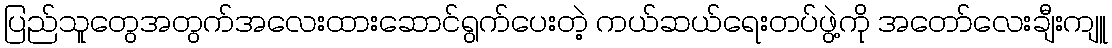
ပြည်သူတွေအတွက်အလေးထားဆောင်ရွက်ပေးတဲ့ ကယ်ဆယ်ရေးတပ်ဖွဲ့ကို အတော်လေးချီးကျူ